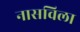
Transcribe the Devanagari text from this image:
नासविला